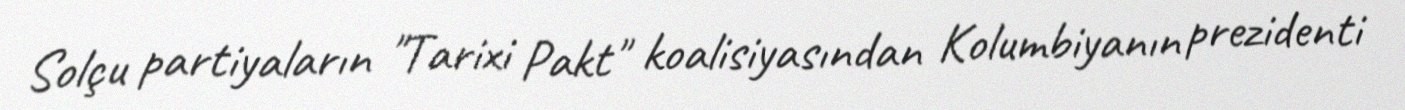
Solçu partiyaların "Tarixi Pakt" koalisiyasından Kolumbiyanın prezidenti